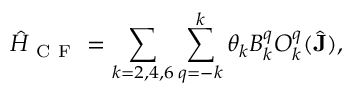
\hat { H } _ { \mathrm { ~ C ~ F ~ } } = \sum _ { k = 2 , 4 , 6 } \sum _ { q = - k } ^ { k } \theta _ { k } B _ { k } ^ { q } O _ { k } ^ { q } ( \hat { \mathbf { J } } ) ,